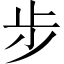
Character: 步